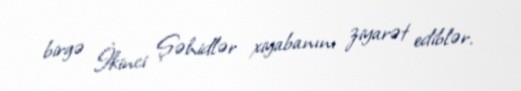
birgə İkinci Şəhidlər xiyabanını ziyarət ediblər.